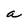
Character: a